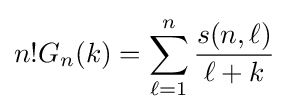
n!G_{n}(k)=\sum _{\ell =1}^{n}{\frac {s(n,\ell )}{\ell +k}}